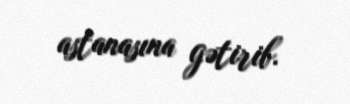
astanasına gətirib.